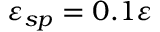
\varepsilon _ { s p } = 0 . 1 \varepsilon